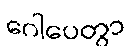
ဂေါပေတွာ